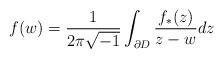
LaTeX: \begin{align*}f(w)=\frac{1}{2\pi\sqrt{-1}}\int_{\partial D}\frac{f_*(z)}{z-w}dz\end{align*}